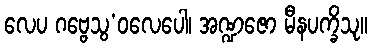
လေပ ဂဗ္ဗေသွ’ဝလေပေါ၊ အဏ္ဍဇော မီနပက္ခိသု။